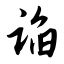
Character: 谄